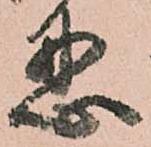
忍